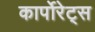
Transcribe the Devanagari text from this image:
कार्पोरेट्स